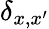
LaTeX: \delta_{x,x^{\prime}}